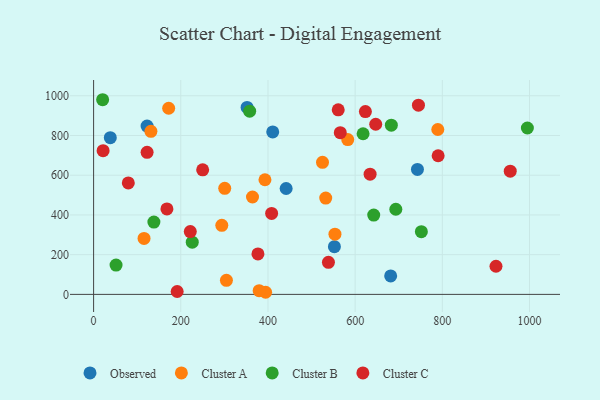
{"axis": {"x": "Price", "y": "Yield"}, "legend": ["Cluster A", "Cluster B", "Cluster C", "Observed"], "data": [{"x": "410.9", "y": 818.1, "type": "Observed"}, {"x": "38.3", "y": 788.9, "type": "Observed"}, {"x": "742.9", "y": 629.0, "type": "Observed"}, {"x": "122.7", "y": 847.5, "type": "Observed"}, {"x": "441.7", "y": 533.2, "type": "Observed"}, {"x": "681.5", "y": 93.1, "type": "Observed"}, {"x": "552.4", "y": 240.3, "type": "Observed"}, {"x": "352.1", "y": 941.2, "type": "Observed"}, {"x": "394.6", "y": 10.6, "type": "Cluster A"}, {"x": "172.2", "y": 937.1, "type": "Cluster A"}, {"x": "379.8", "y": 18.9, "type": "Cluster A"}, {"x": "583.0", "y": 779.4, "type": "Cluster A"}, {"x": "294.1", "y": 347.8, "type": "Cluster A"}, {"x": "532.5", "y": 485.1, "type": "Cluster A"}, {"x": "304.7", "y": 70.7, "type": "Cluster A"}, {"x": "789.6", "y": 830.3, "type": "Cluster A"}, {"x": "131.5", "y": 820.8, "type": "Cluster A"}, {"x": "553.7", "y": 302.9, "type": "Cluster A"}, {"x": "393.1", "y": 577.1, "type": "Cluster A"}, {"x": "364.5", "y": 490.3, "type": "Cluster A"}, {"x": "525.1", "y": 665.0, "type": "Cluster A"}, {"x": "115.7", "y": 281.9, "type": "Cluster A"}, {"x": "300.8", "y": 534.0, "type": "Cluster A"}, {"x": "618.2", "y": 808.8, "type": "Cluster B"}, {"x": "226.3", "y": 263.1, "type": "Cluster B"}, {"x": "693.3", "y": 428.6, "type": "Cluster B"}, {"x": "642.6", "y": 399.1, "type": "Cluster B"}, {"x": "138.3", "y": 363.9, "type": "Cluster B"}, {"x": "995.1", "y": 837.8, "type": "Cluster B"}, {"x": "751.9", "y": 315.7, "type": "Cluster B"}, {"x": "20.7", "y": 980.1, "type": "Cluster B"}, {"x": "358.0", "y": 922.2, "type": "Cluster B"}, {"x": "683.0", "y": 851.8, "type": "Cluster B"}, {"x": "51.5", "y": 147.7, "type": "Cluster B"}, {"x": "538.7", "y": 161.6, "type": "Cluster C"}, {"x": "623.5", "y": 920.2, "type": "Cluster C"}, {"x": "221.8", "y": 316.4, "type": "Cluster C"}, {"x": "21.8", "y": 723.8, "type": "Cluster C"}, {"x": "923.1", "y": 141.7, "type": "Cluster C"}, {"x": "191.7", "y": 14.6, "type": "Cluster C"}, {"x": "377.0", "y": 203.9, "type": "Cluster C"}, {"x": "955.8", "y": 620.2, "type": "Cluster C"}, {"x": "634.3", "y": 605.4, "type": "Cluster C"}, {"x": "168.2", "y": 430.3, "type": "Cluster C"}, {"x": "565.9", "y": 814.1, "type": "Cluster C"}, {"x": "745.2", "y": 952.5, "type": "Cluster C"}, {"x": "790.4", "y": 697.9, "type": "Cluster C"}, {"x": "408.4", "y": 407.5, "type": "Cluster C"}, {"x": "122.7", "y": 715.1, "type": "Cluster C"}, {"x": "561.2", "y": 929.0, "type": "Cluster C"}, {"x": "250.2", "y": 627.0, "type": "Cluster C"}, {"x": "647.2", "y": 856.6, "type": "Cluster C"}, {"x": "79.6", "y": 561.3, "type": "Cluster C"}]}